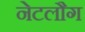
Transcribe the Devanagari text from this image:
नेटलौग